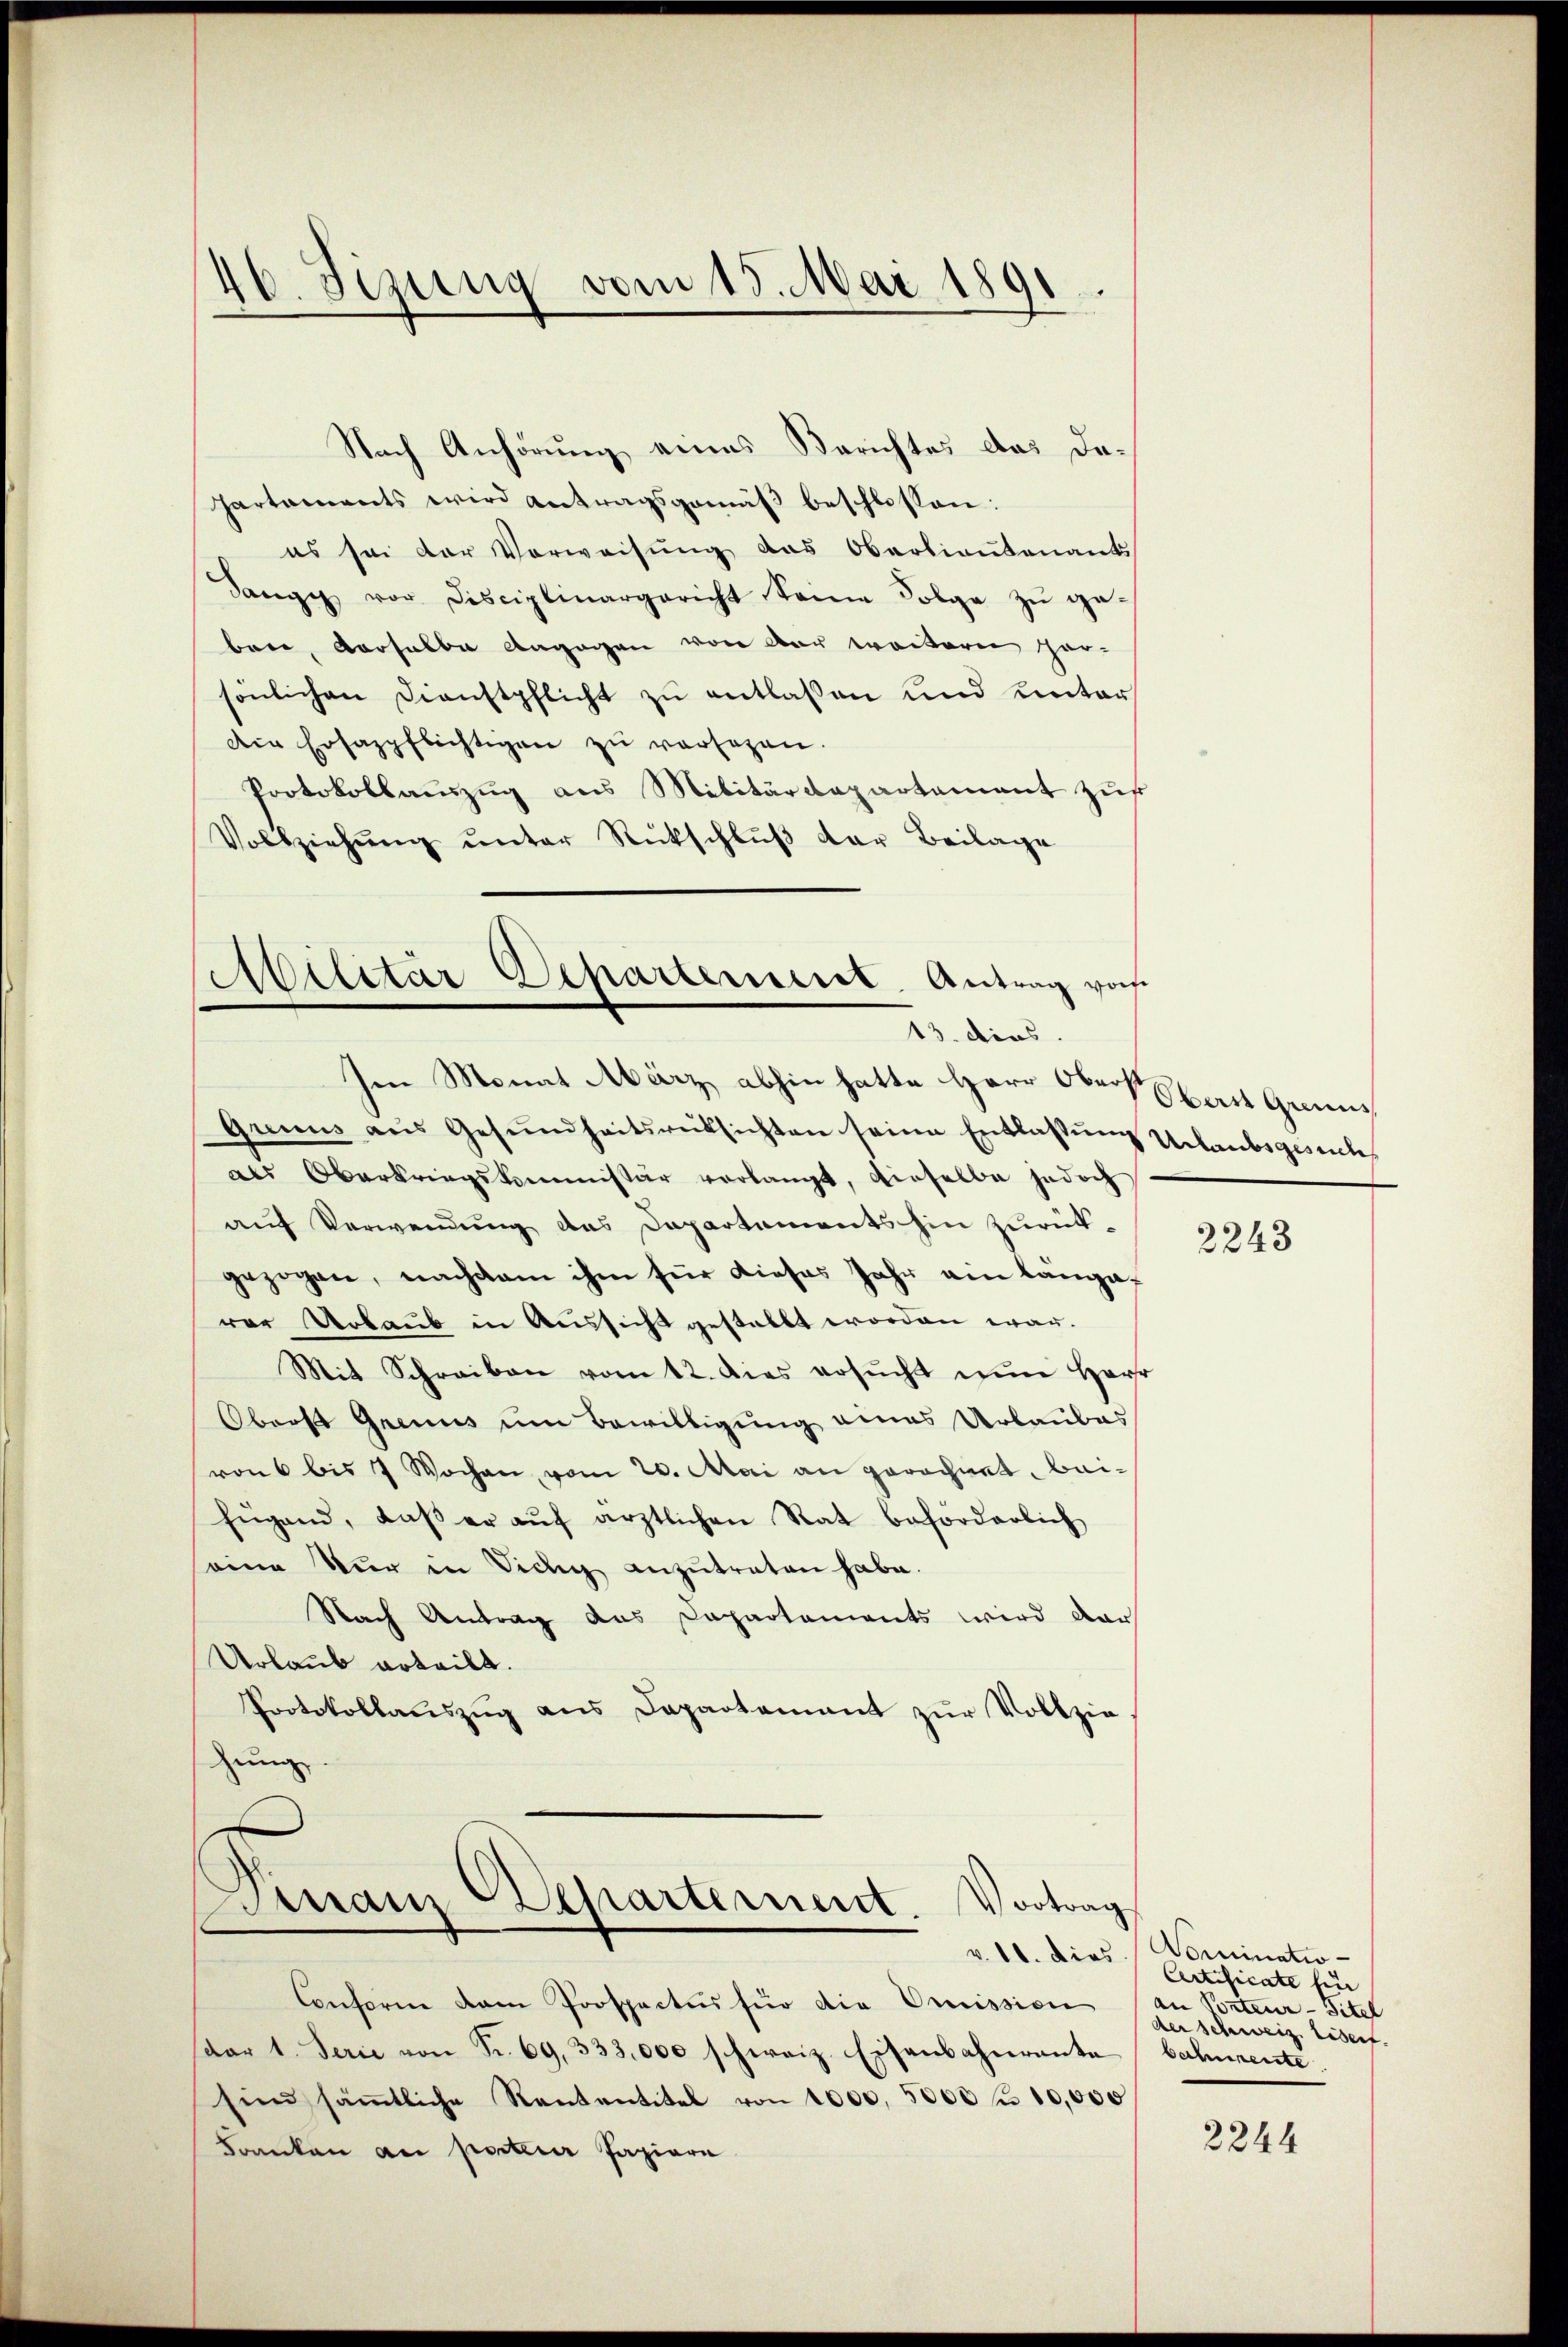
46. Sizung vom 15. Mai 1891

Nach Anhörung eines Berichtes das da¬
Partements wird Antragsgemäß beschlossen:
es sei der Verweisung das Oberlieutenant
Danzig vor Disciplinargericht keine Folge zu geben, Vorselbe dagegen von der weiteren Hersönlichen Dienstpflicht zu entlassen und unter
Die Ersazpflichtigen zŭ versagen.
Protokollauszug aus Militärdepartement zur
Vollziehŭng ŭnter Rückschlŭβ der Beilage
Grenus aus Gesundheitsrücksichten seine Entlassung Urlaubsgesuchs
als Oberkriegskommissär verlangt, dieselbe jedoch
auf Verwendung das Departements hin zurückgezogen, nachdem ihm für dieses Jahr ein längarer Urlaub in Aussicht gestallt worden war.
Mit Schreiben vom 12. dies ersŭcht nun Her
Oberst Grinus um Bewilligung eines Urlaubes
von 6 bis 7 Wochen, vom 20. Mai an gerechnet, baifügend, daβ er aŭf ärztlichen Rat beförderlich
seine Nur in Sieg anzutreten habe.
Nach Antrag des Capartements wird dar
Urlaub erteilt.
Protokollauszug aus Departement zur Vollzie
zung
Dinain Repartement.
Vortrag
Conforme kam Prospactus für die Emission
spar l. Serie von Sr. 69, 333,000 schweiz. Eisenbahnrante
sind säṁtliche Kantentitel von 1000, 5000 f 10,000
Franken an porteier Papiere

Militär Departement. Antrag vorh
13. dies
hen Monat März abhin hatte Herr Obers hart Gren¬

2243

v. 18. dies. Nominatio-
Certificate fin
an Portenz-Sitel
der schweiz. Eisent.
besheerente

2246